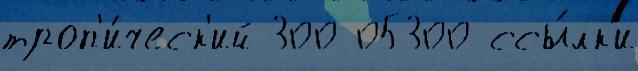
троп'и́ческ'ий 300 05300 ссы́лк'и